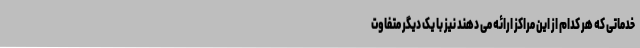
خدماتی که هر کدام از این مراکز ارائه می دهند نیز با یک دیگر متفاوت